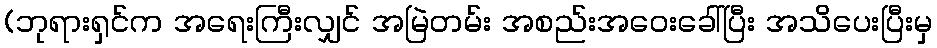
(ဘုရားရှင်က အရေးကြီးလျှင် အမြဲတမ်း အစည်းအဝေးခေါ်ပြီး အသိပေးပြီးမှ